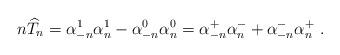
LaTeX: \begin{align*}n\widehat T_n=\alpha_{-n}^1\alpha_n^1 - \alpha_{-n}^0\alpha_n^0=\alpha_{-n}^+\alpha_n^- + \alpha_{-n}^-\alpha_n^+ \ .\end{align*}